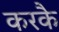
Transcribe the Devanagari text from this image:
करकै